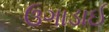
ઉગાડાઈ